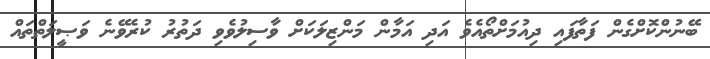
ބޭނުންކޮށްގެން ފަތާފައި ދިއުމަށްތޯއެވެ އަދި އަމާން މަންޒިލަކަށް ވާސިލުވެވި ދަތުރު ކުރެވޭނެ ވަޞީލަތްތައް